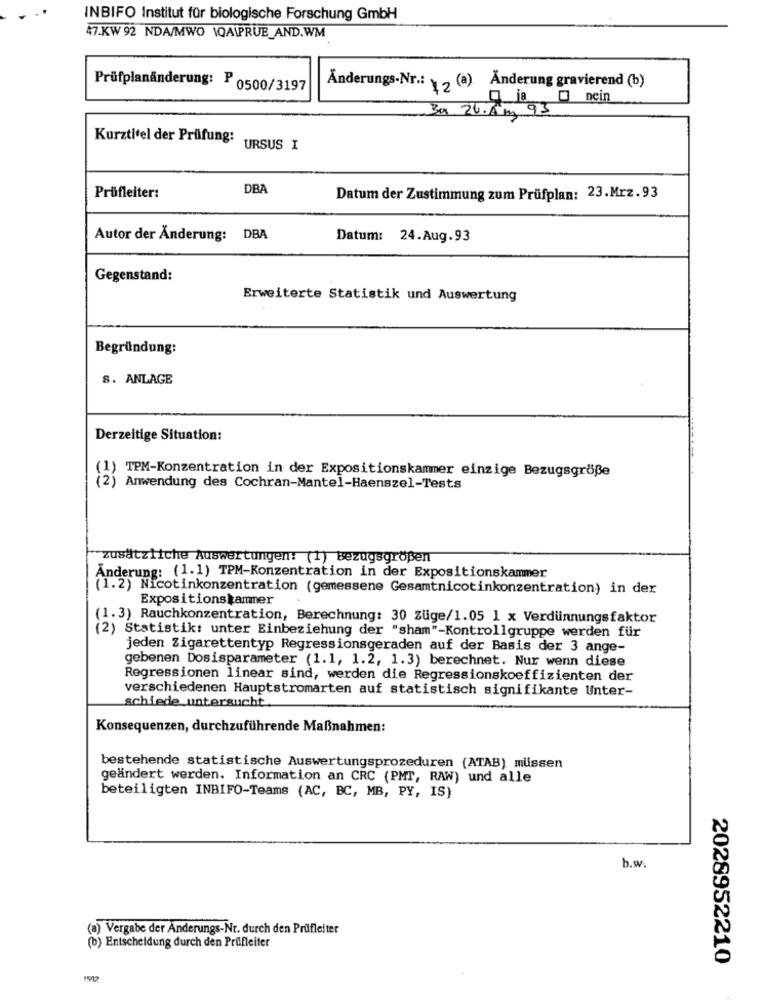
INBIFO Institut für biologische Forschung GmbH
47.KW 92 NDA/MWO WQA\PRUB_AND.WM
Änderungs-Nr .:
Prüfplanänderung: P 0500/3197
: \ 2 (a) Änderung gravierend (b)
O nein
Bax 26.Am 93
Kurztitel der Prüfung:
URSUS I
DBA
Prüfleiter:
Datum der Zustimmung zum Prüfplan: 23.Mrz.93
Autor der Anderung: DBA
Datum: 24.Aug.93
Gegenstand:
Erweiterte Statistik und Auswertung
Begründung:
S. ANLAGE
Derzeitige Situation:
(1)
TPM-Konzentration in der Expositionskammer einzige Bezugsgröße
Anwendung des Cochran-Mantel-Haenszel-Tests
zusätzliche Auswertungen: (1) Bezugsgrößen
Änderung: (1.1) TPM-Konzentration in der Expositionskammer
(1.2) Nicotinkonzentration (gemessene Gesamtnicotinkonzentration) in der
Expositions kammer
(1.3) Rauchkonzentration, Berechnung: 30 züge/1.05 1 x Verdünnungsfaktor
(2) Statistik: unter Einbeziehung der "sham"-Kontrollgruppe werden für
jeden Zigarettentyp Regressionsgeraden auf der Basis der 3 ange-
gebenen Dosisparameter (1.1, 1.2, 1.3) berechnet. Nur wenn diese
Regressionen linear sind, werden die Regressionskoeffizienten der
verschiedenen Hauptstromarten auf statistisch signifikante Unter-
schiede untersucht
Konsequenzen, durchzuführende Maßnahmen:
bestehende statistische Auswertungsprozeduren (ATAB) müssen
geändert werden. Information an CRC (PMT, RAW) und alle
beteiligten INBIFO-Teams (AC, BC, MB, PY, IS)
b.w.
(a) Vergabe der Anderungs-Nr. durch den Prüfleiter
(b) Entscheidung durch den Prüfleiter
2028952210